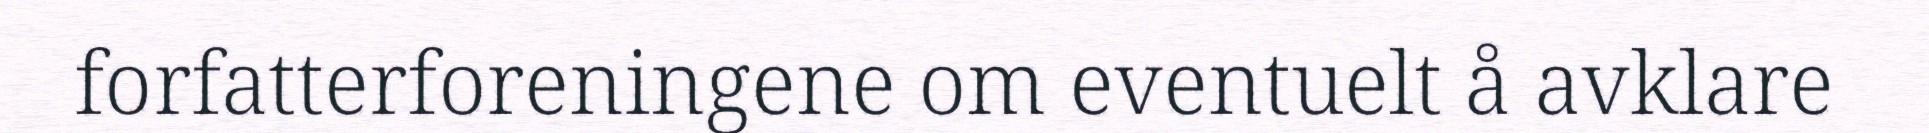
forfatterforeningene om eventuelt å avklare